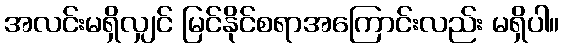
အလင်းမရှိလျှင် မြင်နိုင်စရာအကြောင်းလည်း မရှိပါ။